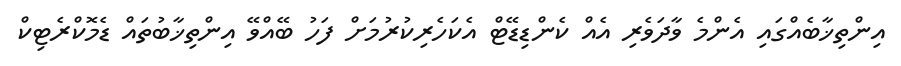
އިންތިޚާބެއްގައި އެންމެ ވާދަވެރި އެއް ކެންޑިޑޭޓް އެކަހެރިކުރުމަށް ފަހު ބޭއްވޭ އިންތިޚާބުތައް ޑެމޮކްރެޓިކް